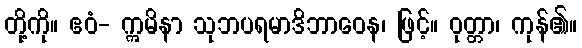
တို့ကို။ ဧဝံ- ဣမိနာ သုဘပရမာဒိဘာဝေန၊ ဖြင့်။ ဝုတ္တာ၊ ကုန်၏။